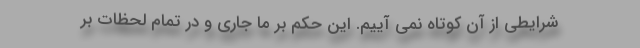
شرایطی از آن کوتاه نمی آییم. این حکم بر ما جاری و در تمام لحظات بر